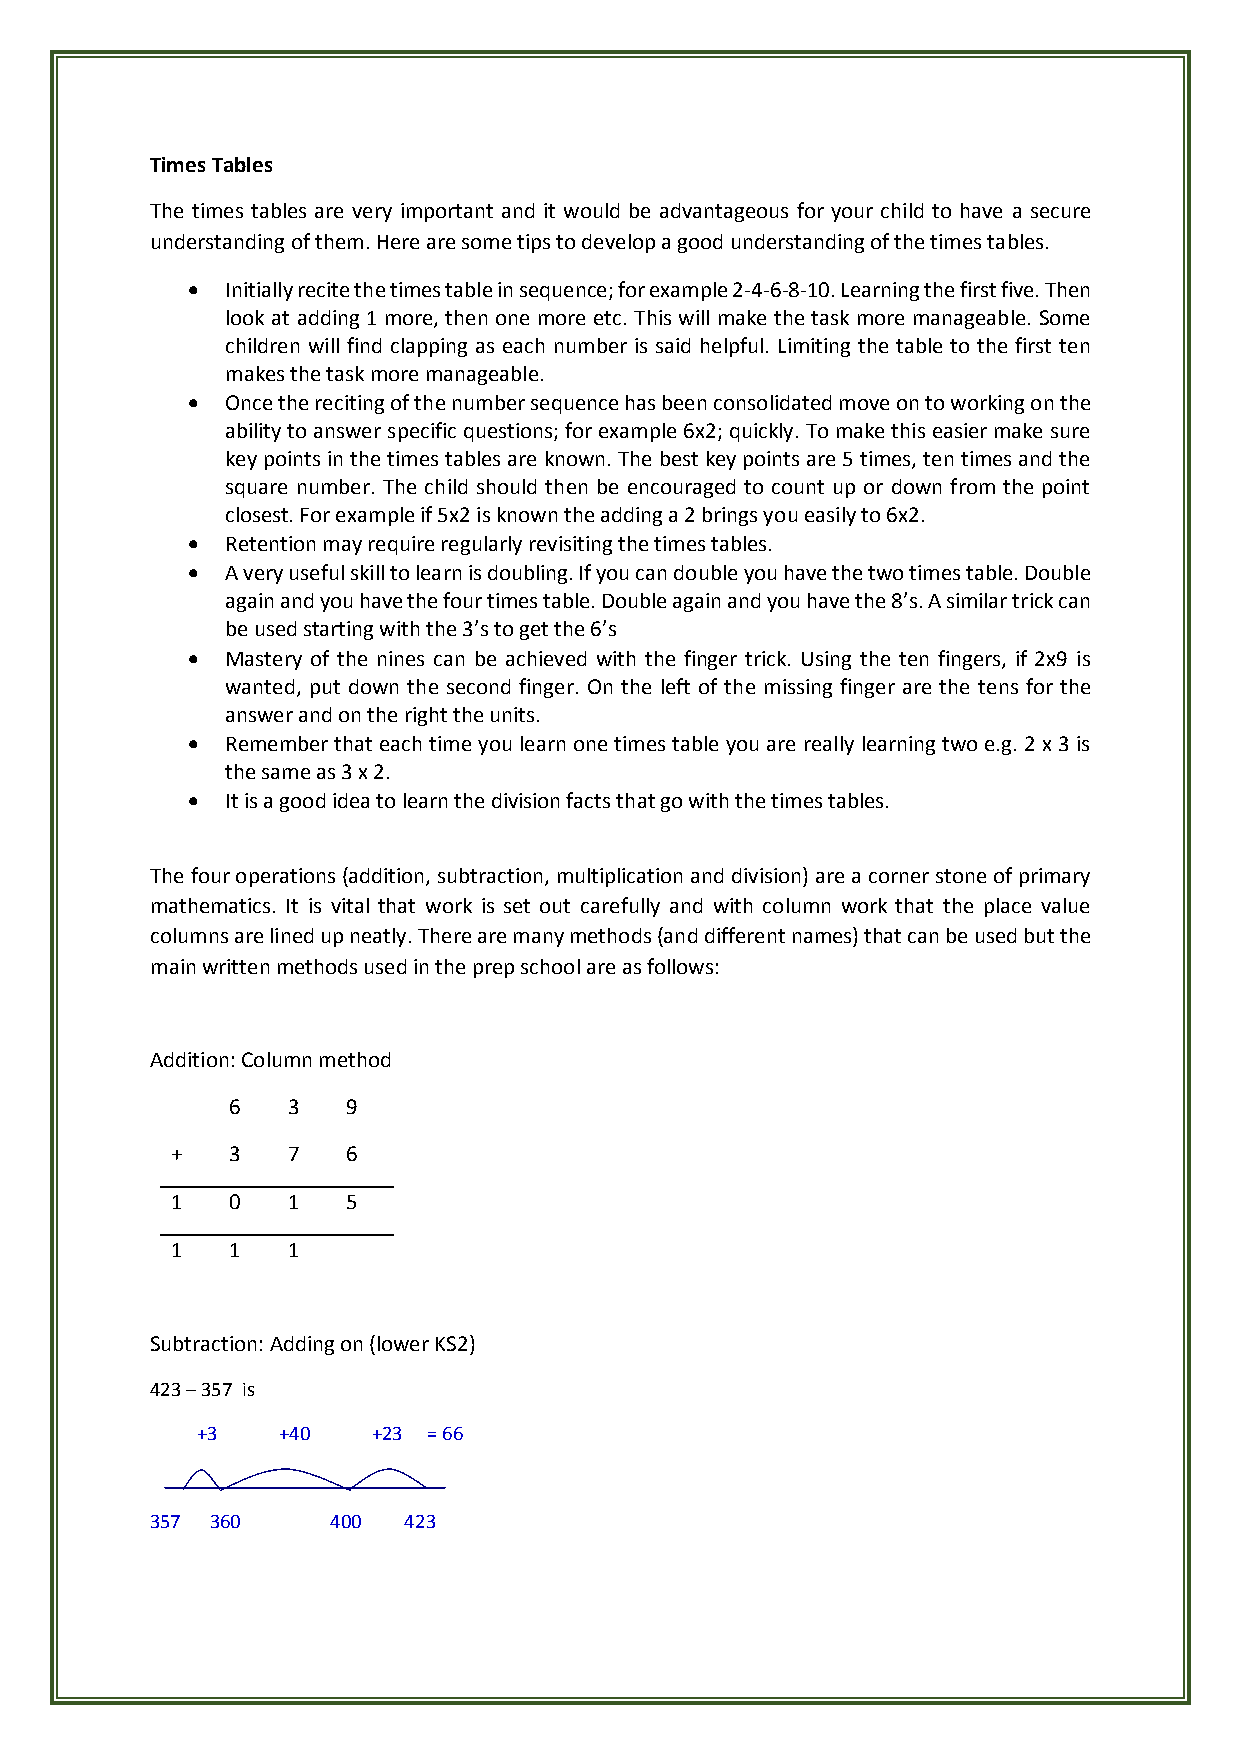
Times Tables
 The times tables are very important and it would be advantageous for your child to have a secure
 understanding of them. Here are some tips to develop a good understanding of the times tables.
   Initially recite the times table in sequence; for example 2-4-6-8-10. Learning the first five. Then
 look at adding 1 more, then one more etc. This will make the task more manageable. Some
 children will find clapping as each number is said helpful. Limiting the table to the first ten
 makes the task more manageable.
   Once the reciting of the number sequence has been consolidated move on to working on the
 ability to answer specific questions; for example 6x2; quickly. To make this easier make sure
 key points in the times tables are known. The best key points are 5 times, ten times and the
 square number. The child should then be encouraged to count up or down from the point
 closest. For example if 5x2 is known the adding a 2 brings you easily to 6x2.
   Retention may require regularly revisiting the times tables.
   A very useful skill to learn is doubling. If you can double you have the two times table. Double
 again and you have the four times table. Double again and you have the 8ʼs. A similar trick can
 be used starting with the 3’s to get the 6’s
   Mastery of the nines can be achieved with the finger trick. Using the ten fingers, if 2x9 is
 wanted, put down the second finger. On the left of the missing finger are the tens for the
 answer and on the right the units.
   Remember that each time you learn one times table you are really learning two e.g. 2 x 3 is
 the same as 3 x 2.
   It is a good idea to learn the division facts that go with the times tables.
 The four operations (addition, subtraction, multiplication and division) are a corner stone of primary
 mathematics. It is vital that work is set out carefully and with column work that the place value
 columns are lined up neatly. There are many methods (and different names) that can be used but the
 main written methods used in the prep school are as follows:
 Addition: Column method
 6   3   9
 +   3   7   6
 1   0   1   5
 1   1   1
 Subtraction: Adding on (lower KS2)
 423 – 357 is
 +3   +40    +23 = 66
 357 360     400  423